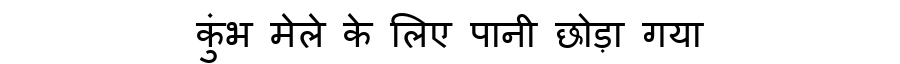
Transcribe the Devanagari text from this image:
कुंभ मेले के लिए पानी छोड़ा गया